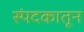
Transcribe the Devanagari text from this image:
स्पंदकातून